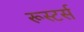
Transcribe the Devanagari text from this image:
रूस्टर्स